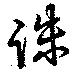
誅